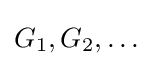
G_{1},G_{2},\dots